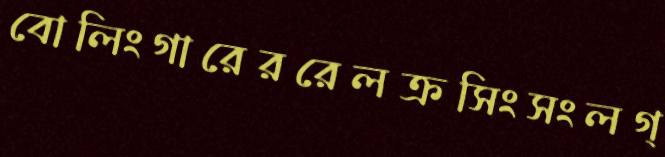
বোলিংগারেররেলক্রসিংসংলগ্